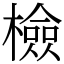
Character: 檢